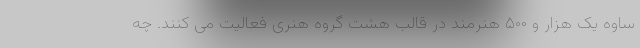
ساوه یک هزار و ۵۰۰ هنرمند در قالب هشت گروه هنری فعالیت می کنند. چه